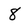
Character: 8